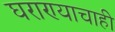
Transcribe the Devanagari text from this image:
घराण्याचाही